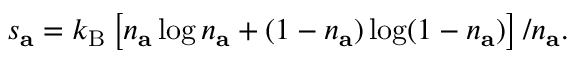
s _ { \mathbf { a } } = k _ { \mathrm { B } } \left[ n _ { \mathbf { a } } \log n _ { \mathbf { a } } + ( 1 - n _ { \mathbf { a } } ) \log ( 1 - n _ { \mathbf { a } } ) \right] / n _ { \mathbf { a } } .